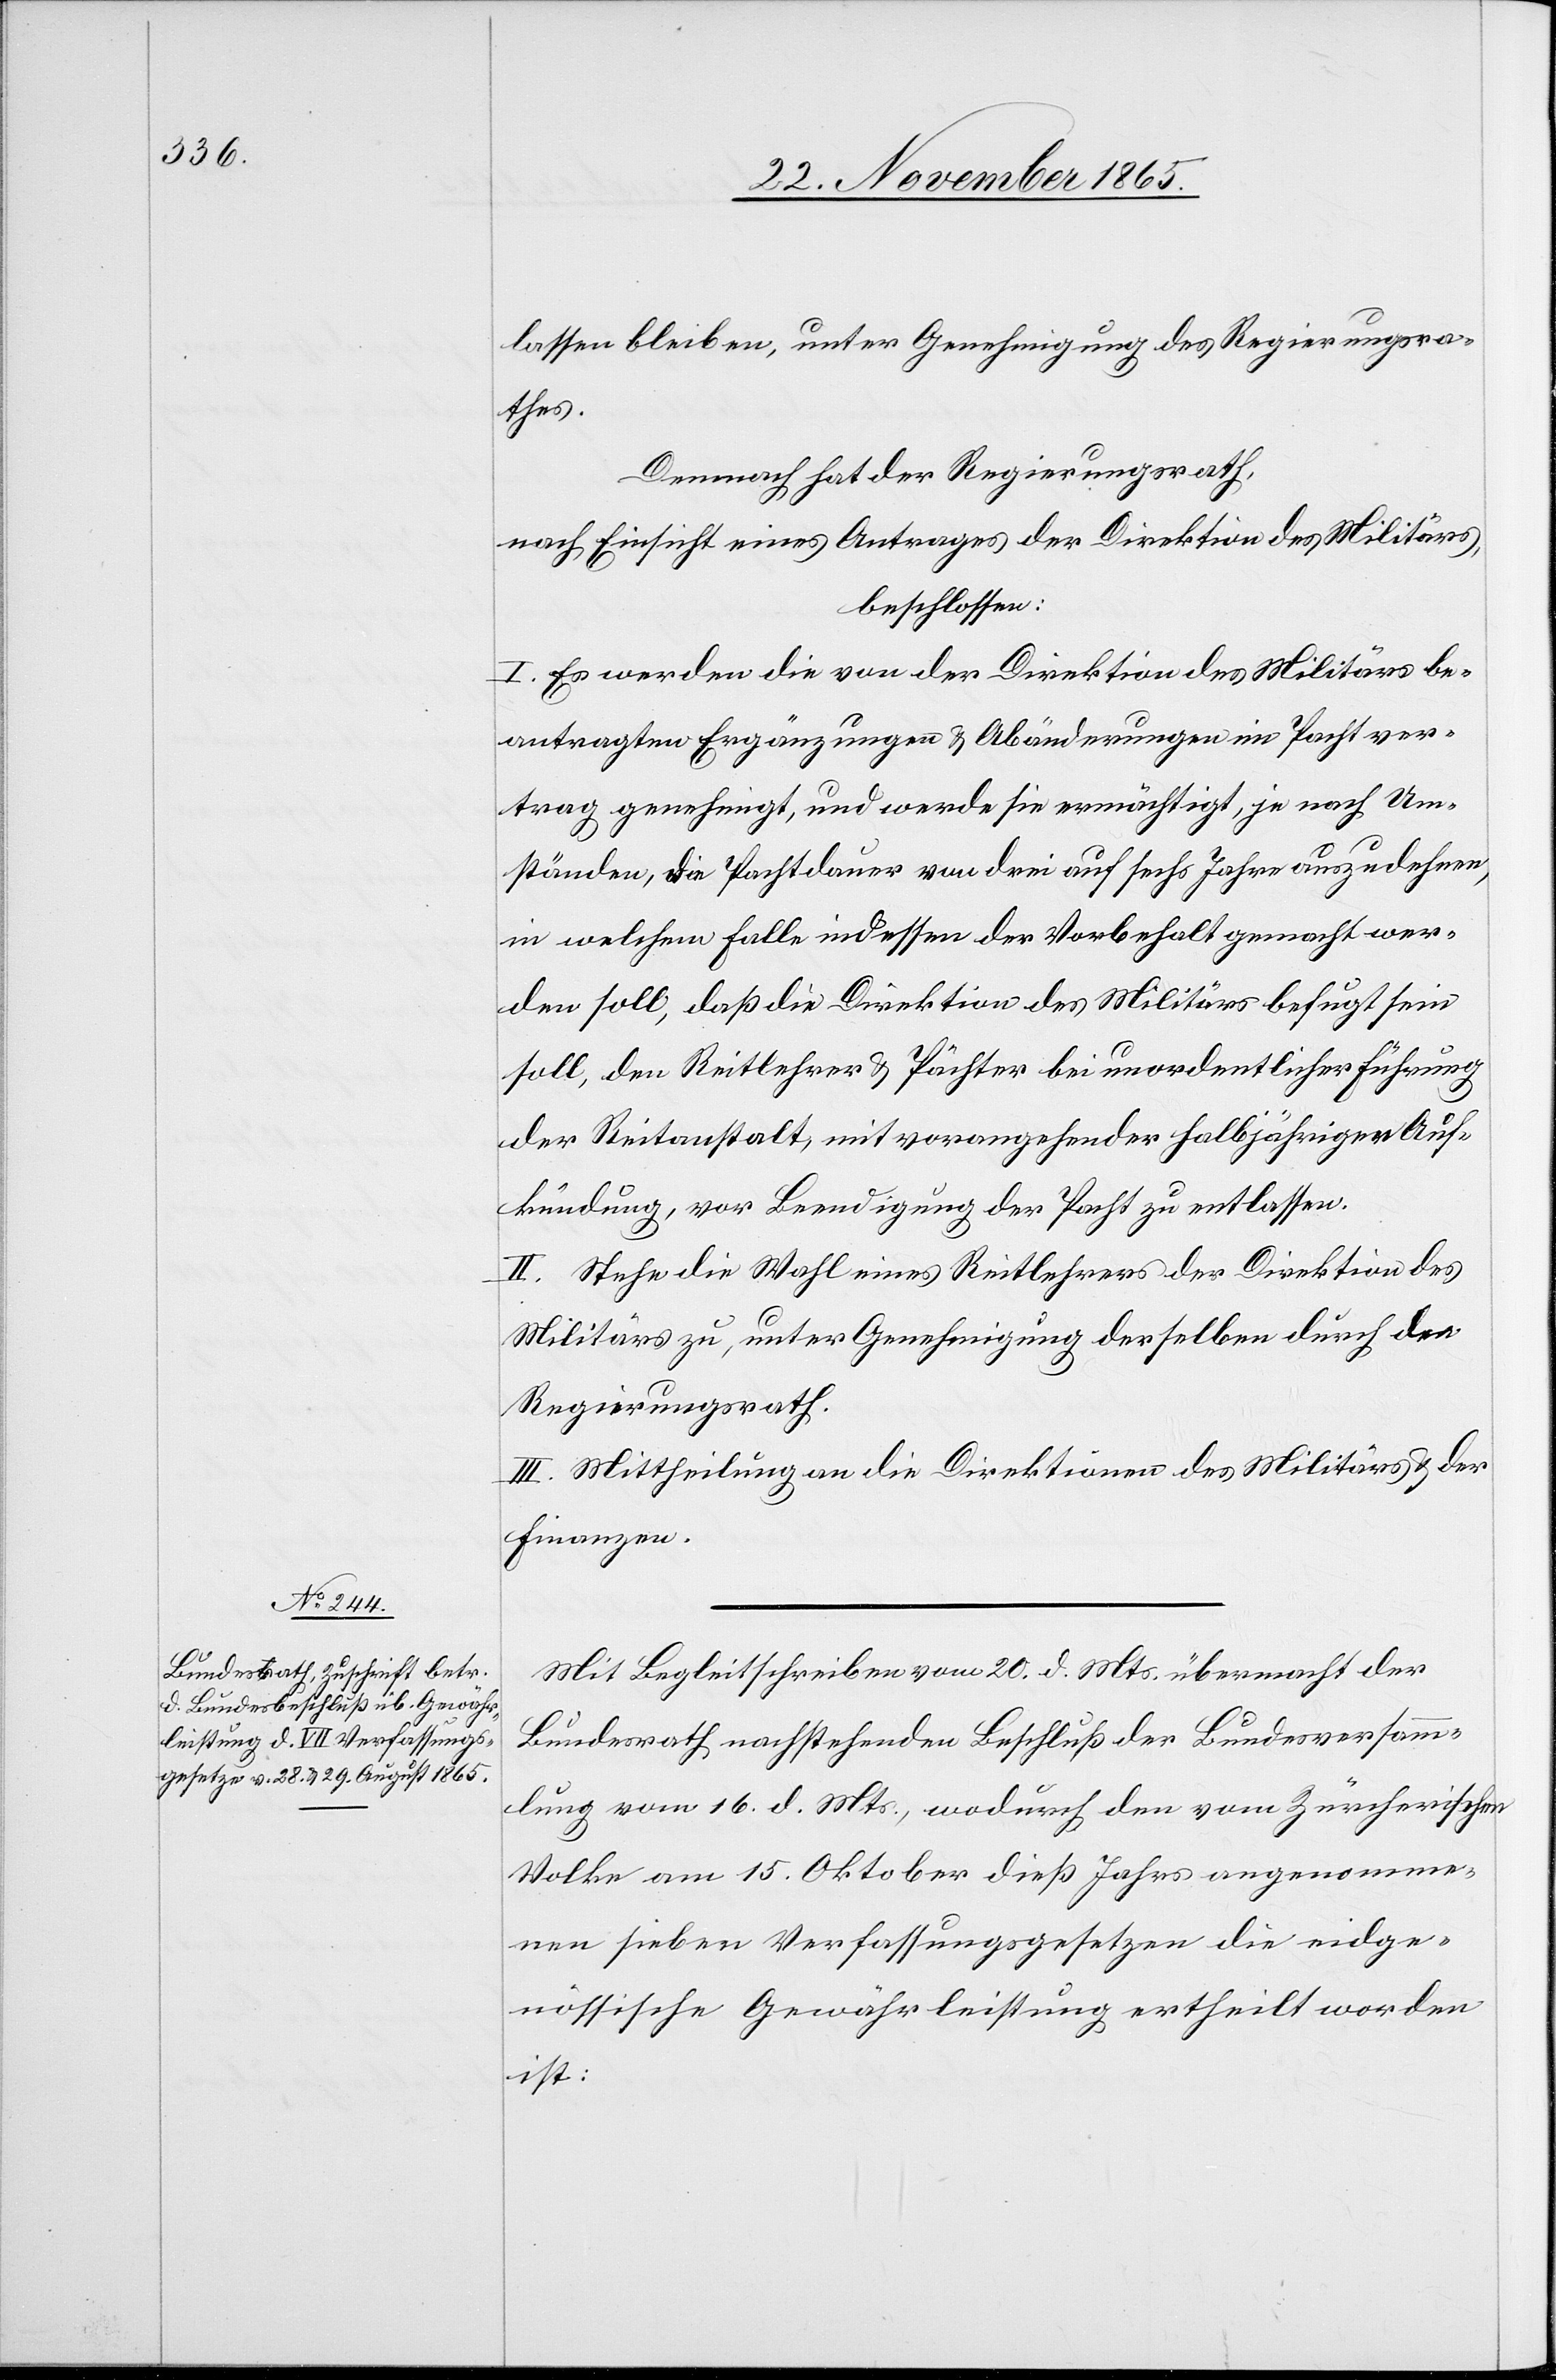
lassen bleiben, unter Genehmigung des Regierungsra¬
thes.
Demnach hat der Regierungsrath,
nach Einsicht eines Antrages der Direktion des Militärs,
beschlossen:
I. Es werden die von der Direktion des Militärs be¬
antragten Ergänzungen & Abänderungen im Pachtver¬
trag genehmigt, und werde sie ermächtigt, je nach Um¬
ständen, die Pachtdauer von drei auf sechs Jahre auszudehnen,
in welchem Falle indessen der Vorbehalt gemacht wer¬
den soll, daß die Direktion des Militärs befugt sein
soll, den Reitlehrer & Pächter bei unordentlicher Führung
der Reitanstalt, mit vorangehender halbjähriger Auf¬
kündung, vor Beendigung der Pacht zu entlassen.
II. Stehe die Wahl eines Reitlehrers der Direktion des
Militärs zu, unter Genehmigung derselben durch den
Regierungsrath.
III. Mittheilung an die Direktionen des Militärs & der
Finanzen.
Mit Begleitschreiben vom 20. d. Mts. übermacht der
Bundesrath nachstehenden Beschluß der Bundesversamm¬
lung vom 16. d. Mts., wodurch den vom Zürcherischen
Volke am 15. Oktober dieß Jahres angenomme¬
nen sieben Verfassungsgesetzen die eidge¬
nössische Gewährleistung ertheilt worden
ist: